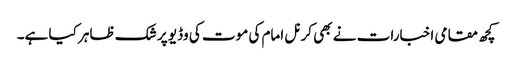
کچھ مقامی اخبارات نے بھی کرنل امام کی موت کی وڈیو پر شک ظاہر کیا ہے۔